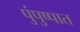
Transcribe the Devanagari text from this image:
पुंपुष्पात